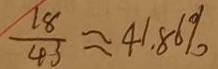
\frac { 1 8 } { 4 3 } \approx 4 1 . 8 6 \%